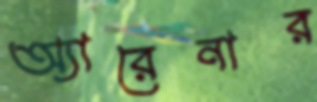
অ্যারেনার